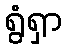
ရွံရှာ